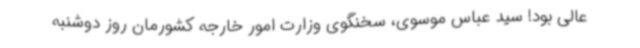
عالی بود! سید عباس موسوی، سخنگوی وزارت امور خارجه کشورمان روز دوشنبه